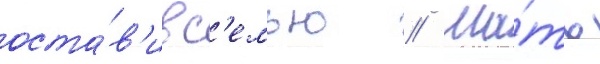
оста́в'ив с'емью // Ма́ть